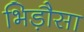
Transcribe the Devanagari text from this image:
भिड़ौसा